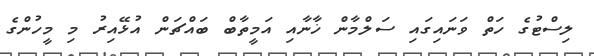
ލިސްޓުގެ ހަތް ވަނައިގައި ސަލްމާން ޚާނާއި އަމީތާބް ބައްޗަން އުޅޭއިރު މި މީހުންގެ